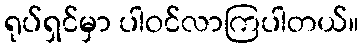
ရုပ်ရှင်မှာ ပါဝင်လာကြပါတယ်။